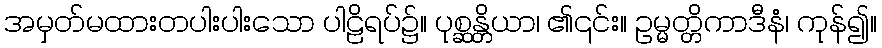
အမှတ်မထားတပါးပါးသော ပါဠိရပ်၌။ ပုစ္ဆန္တိယာ၊ ၏၎င်း။ ဥမ္မတ္တိကာဒီနံ၊ ကုန်၍။